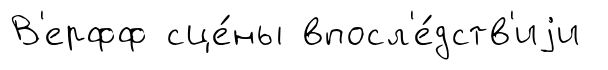
В'ерфф сце́ны впосл'е́дств'иjи